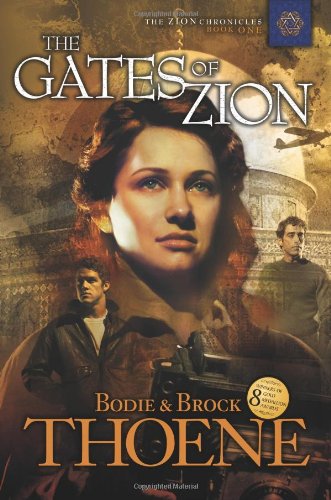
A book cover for The Gates of Zion (Zion Chronicles) (Bk. 1); Bodie Thoene; Religion & Spirituality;